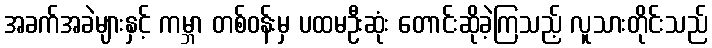
အခက်အခဲများနှင့် ကမ္ဘာ တစ်ဝန်းမှ ပထမဦးဆုံး တောင်းဆိုခဲ့ကြသည့် လူသားတိုင်းသည်